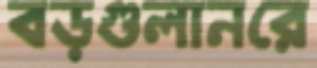
বড়গুলানরে